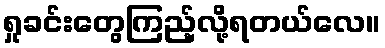
ရှုခင်းတွေကြည့်လို့ရတယ်လေ။